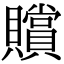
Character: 贘